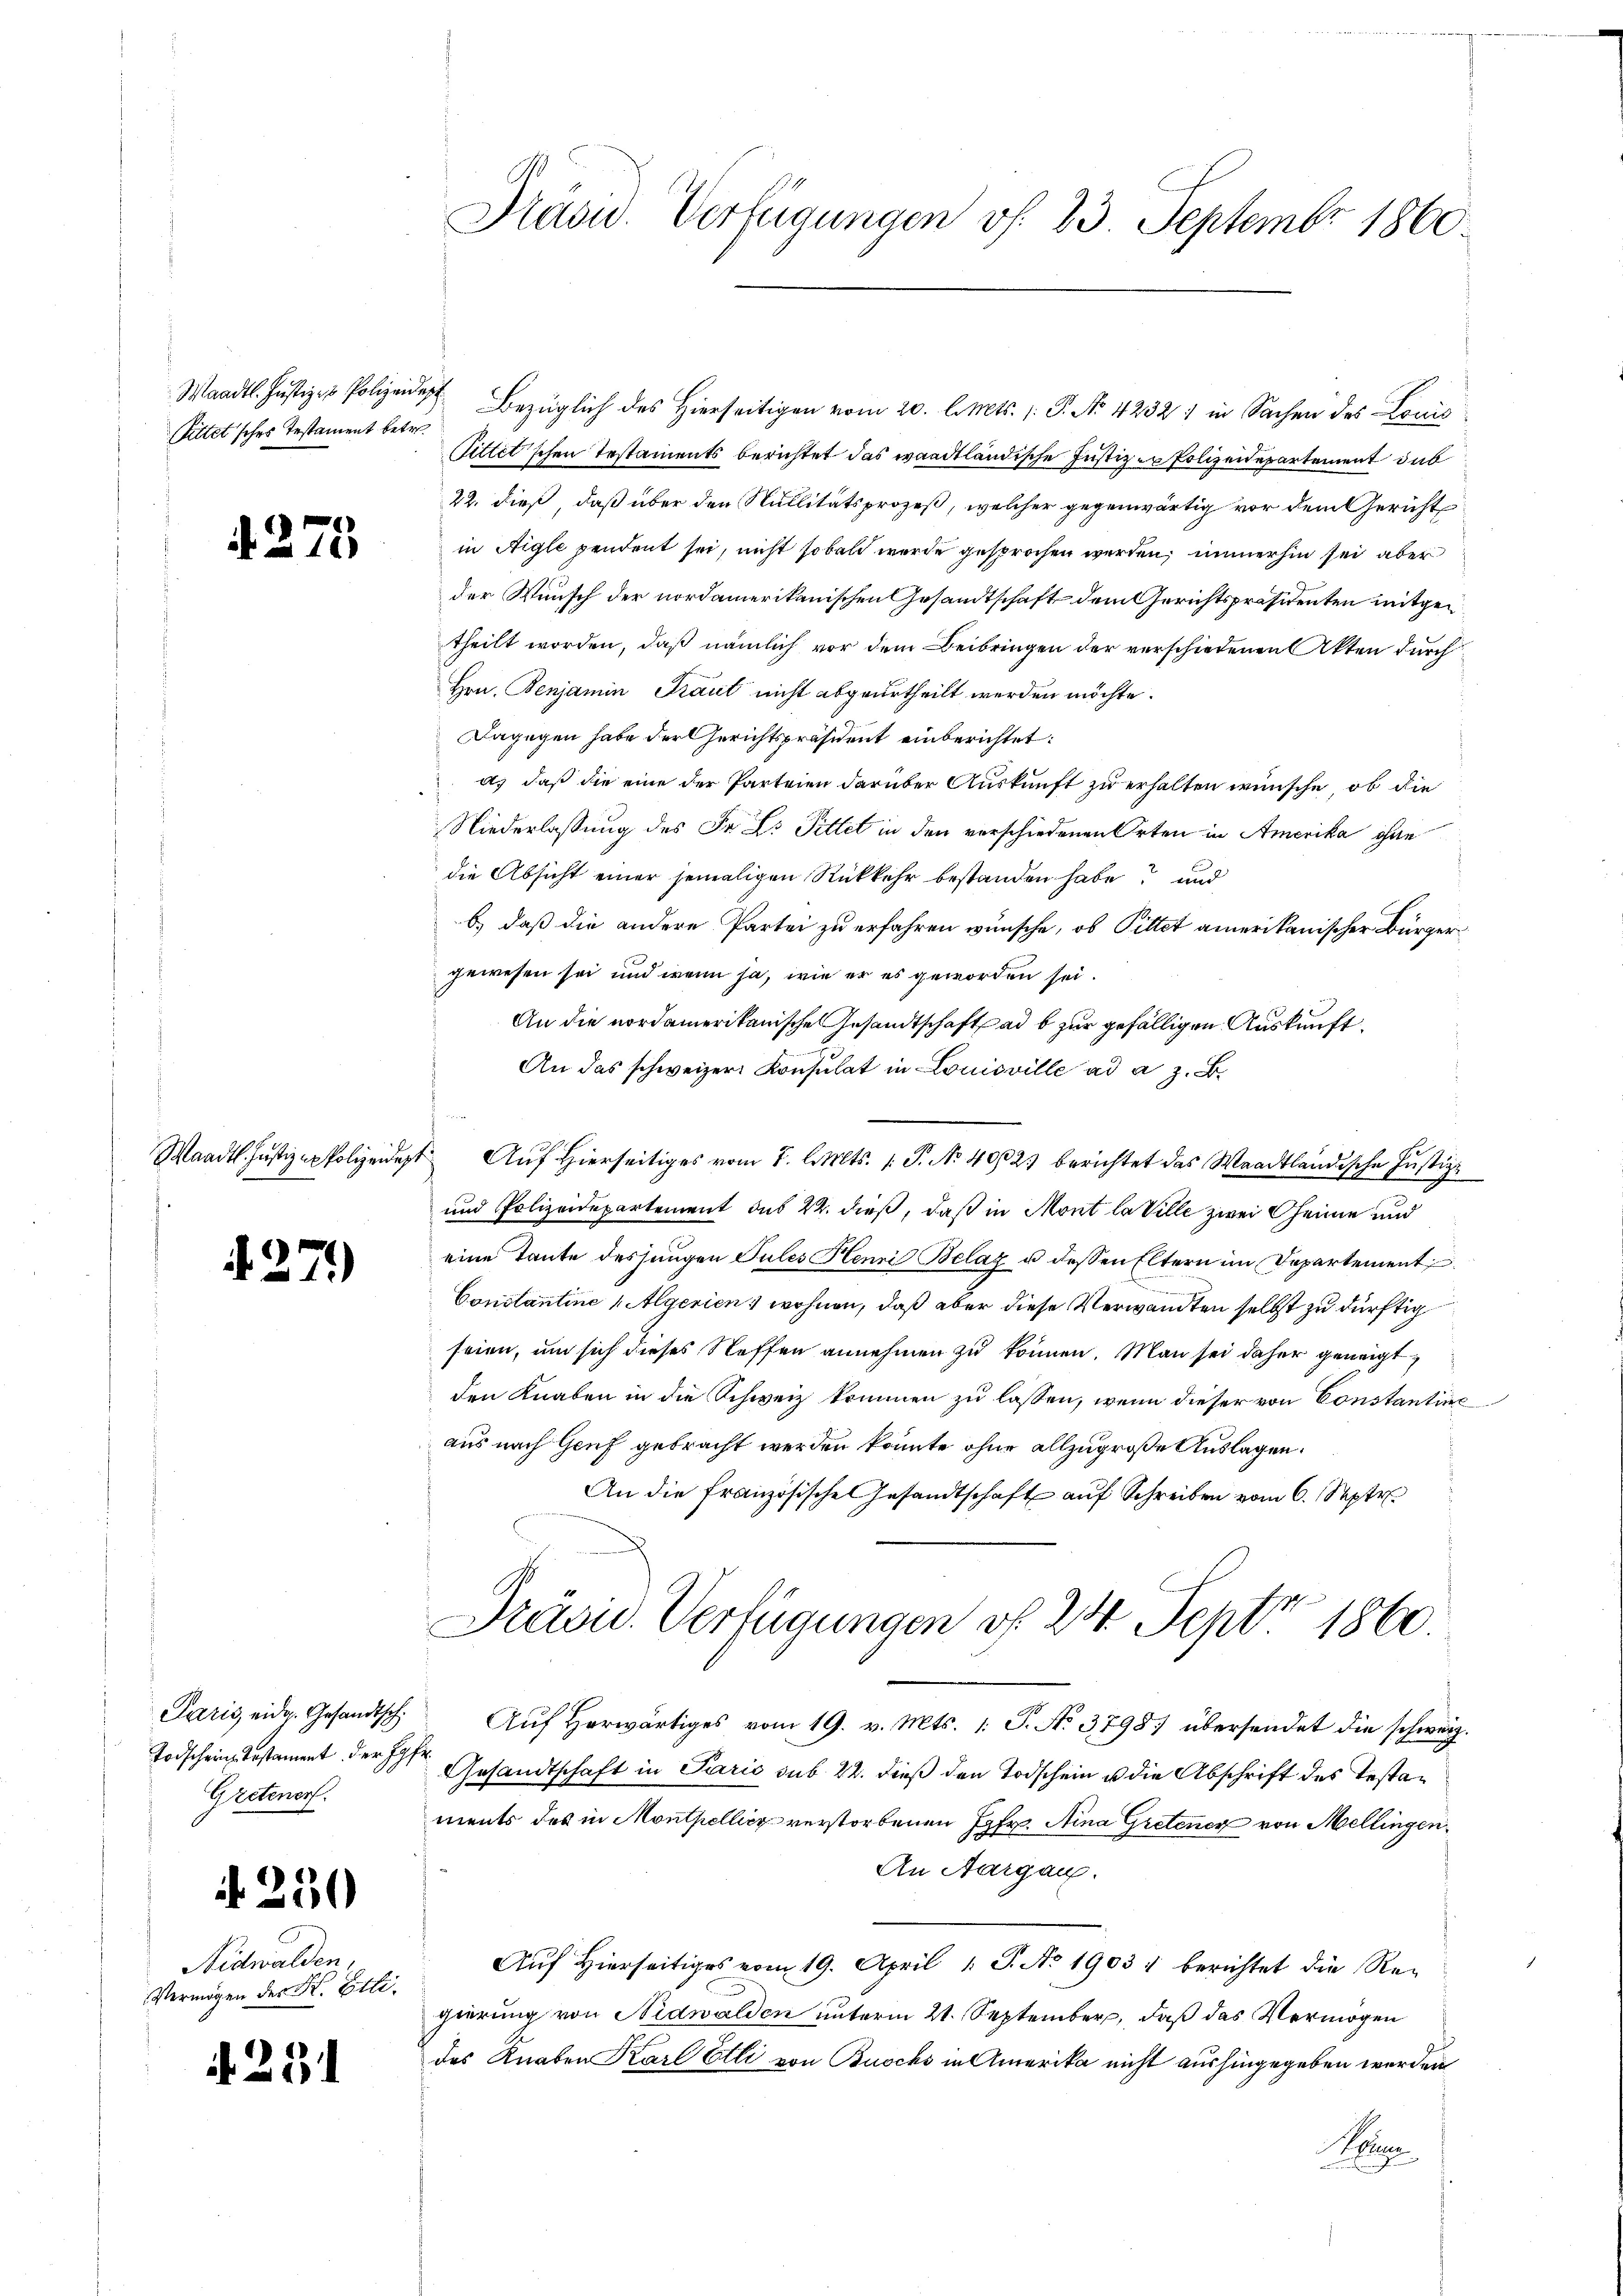
Pittet'sches Testament betr.

.

.

i

2

23

175

2)

Todschein Testament der Hofe
Gretener.

50

Nidwalden.
Vermögen der K. Etti.

Präsid. Verfügungen v. 23. Septembr 1860.

Waadt Justiz- & Polizei bezüglich des Hierseitigen vom 20. l. Mts. 1. P. No. 4232) in Sachen des Louis
Sittet'schen Testaments berichtet das waadtländische Justiz - Polizeidepartement dab
22. dieß, daß über den Nullitätsprozeß, welcher gegenwärtig vor dem Gericht
in Aigle pendent sei, nicht sobald wurde gesprochen werden, immerhin sei aber
der Wunsch der nordamerikanischen Gesandtschaft dem Gerichtspräsidenten mitgen
theilt worden, daß nämlich vor dem Beibringen der verschiedenen Akten durch
Hrn. Benjamin Traut nicht abgeurtheilt werden möchte.
Dagegen habe der Gerichtspräsident einberichtet:
d) daß die eine der Parteien darüber Auskunft zu erhalten wünsche, ob die
Niederlassung des Fr. L. Fittet in den verschiedenen Orten in Amerika ohne
die Absicht einer jemaligen Rückkehr bestanden habe? und
b.) daß die andere Partei zu erfahren wünsche, ob Pittet amerikanischer Bürgergewesen sei, und wenn ja, wie er es geworden sei.
An die nordamerikanische Gesandtschaft ad b zur gefälligen Auskunft.
J
An das schweizer Konsulat in Louisville ad a. z. B.
Waadt. Justiz - Polizeidest Auf Hierseitiges vom 2. l. Mts. (T. No 402 berichtet das Waadtländische Justiz-
und Polizeidepartement des 22. dieß, daß in Mont la Ville zwei Gheime und
eine Tante des jungen Pules Hennis Belaz u. dessen Eltern im Departement
Constantine „Algerien wohnen, daß aber diese Verwandten selbst zu dürftig
seien, um sich dieses Steffen annehmen zu können. Man sei daher geneigt,
den Knaben in die Schweiz kommen zu lassen, wenn dieser von Constantine
aus nach Genf gebracht werden könnte ohne allzugroße Auslagen.
An die französische Gesandtschaft auf Schreiben vom 6. Septe
Prägu. Verfügungen d. 24. Sept 1860.
Paris eidg. Gesandtsch. Aŭf herwärtiges vom 19. v. Mts. 1. P. No. 3798) übersendet die schweiz.
Gesandtschaft in Paris sub 22. dieß den Todschein u die Abschrift des Testaments des in Monthellicz verstorbenen Jgfr. Aina Gretener von Mellingen.
An Aargau.
Auf Hierseitiges vom 19. April 1 S. No 1903 : berichtet die Re-
gierung von Nidwalden unterm 21. September, daß das Vermögen
des Knaben Karl Etli von Buochs in Amerika nicht aushingegeben werden
Horen